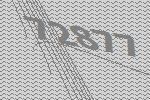
72877